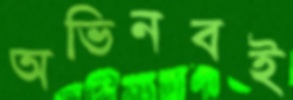
অভিনবই